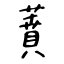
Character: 蕡